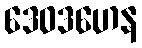
ဒေဝဒဟေန